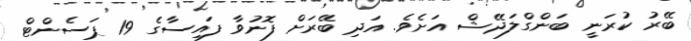
ބޭރު ކުރަނީ ބަންގްލަދޭޝް އަށެވެ. އަދި ބޭރަށް ފޮނުވާ ފައިސާގެ 19 ޕަސެންޓް